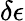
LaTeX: \delta\epsilon